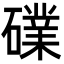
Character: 礏